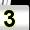
Digit: 3